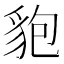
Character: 𧲼